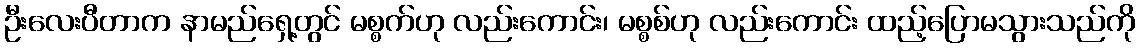
ဦးလေးပီတာက နာမည်ရှေ့တွင် မစ္စက်ဟု လည်းကောင်း၊ မစ္စစ်ဟု လည်းကောင်း ထည့်ပြောမသွားသည်ကို